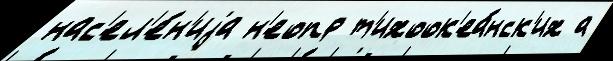
нас'ел'е́н'иjа н'еопр т'ихоок'еа́нск'их а